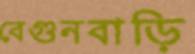
বেগুনবাড়ি